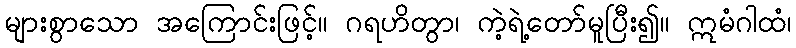
များစွာသော အကြောင်းဖြင့်။ ဂရဟိတွာ၊ ကဲ့ရဲ့တော်မူပြီး၍။ ဣမံဂါထံ၊